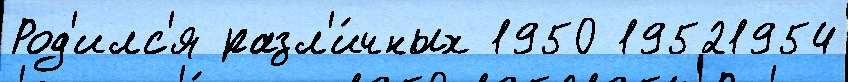
Род'илс'я разл'и́чных 1950 19521954